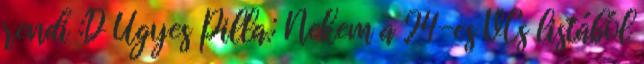
rendi :D Ügyes Pilla.: Nekem a 24-es VCs listából